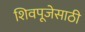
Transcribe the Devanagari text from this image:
शिवपूजेसाठी